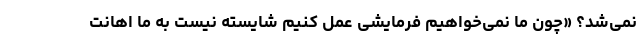
نمی‌شد؟ «چون ما نمی‌خواهیم فرمایشی عمل کنیم شایسته نیست به ما اهانت